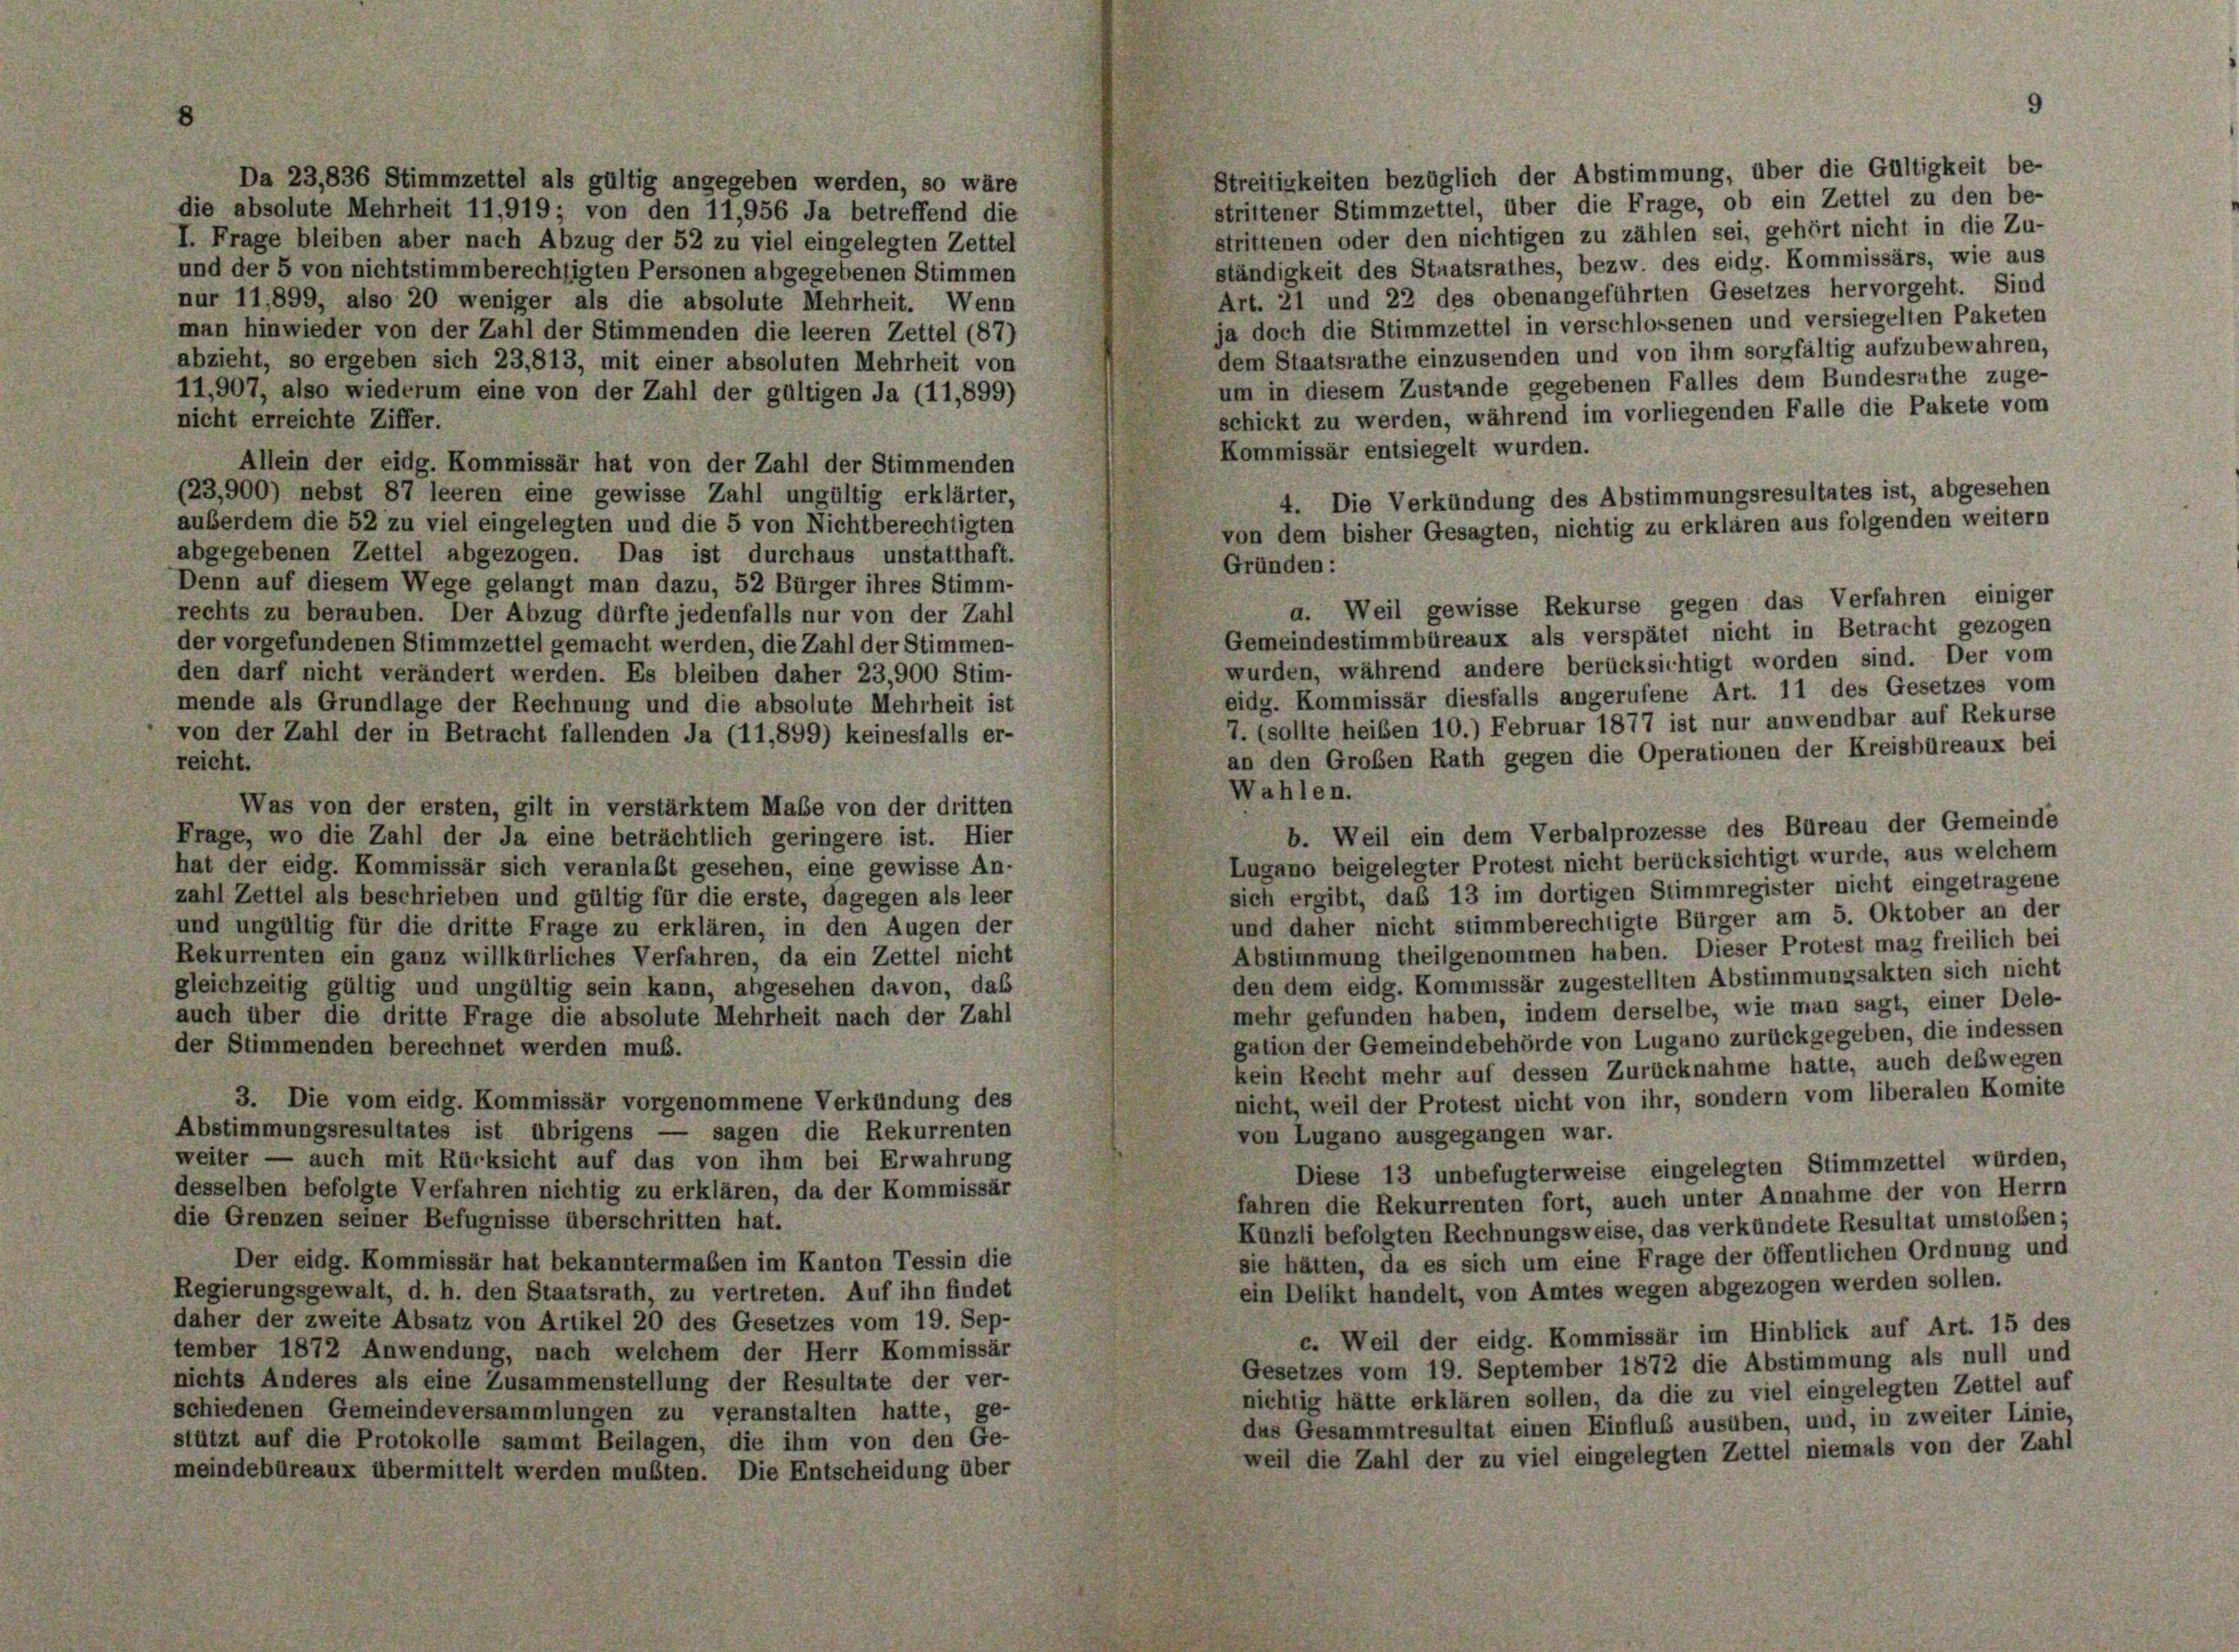
Streitigkeiten bezüglich der Abstimmung, über die Gültigkeit be-
Da 23,836 Stimmzettel als gültig angegeben werden, so wäre
strittener Stimmzettel, über die Frage, ob ein Zettel zu den be-
die absolute Mehrheit 11,919; von den 11,956 Ja betreffend die
strittenen oder den nichtigen zu zählen sei, gehört nicht in die Zu-
I. Frage bleiben aber nach Abzug der 52 zu viel eingelegten Zettel
ständigkeit des Staatsrathes, bezw. des eidg. Kommissärs, wie aus
und der 5 von nichtstimmberechtigten Personen abgegebenen Stimmen
Art. 21 und 22 des obenangeführten Gesetzes hervorgeht. Sind
nur 11,899, also 20 weniger als die absolute Mehrheit. Wenn
ja doch die Stimmzettel in verschlossenen und versiegelten Paketen
man hinwieder von der Zahl der Stimmenden die leeren Zettel (87)
dem Staatsrathe einzusenden und von ihm sorgfältig aufzubewahren,
abzieht, so ergeben sich 23,813, mit einer absoluten Mehrheit von
um in diesem Zustande gegebenen Falles dem Bundesrathe zuge-
11,907, also wiederum eine von der Zahl der gültigen Ja (11,899)
schickt zu werden, während im vorliegenden Falle die Pakete vom
nicht erreichte Ziffer.
Kommissär entsiegelt wurden.
Allein der eidg. Kommissär hat von der Zahl der Stimmenden
(23,900) nebst 87 leeren eine gewisse Zahl ungültig erklärter,
4. Die Verkündung des Abstimmungsresultates ist, abgesehen
auberdem die 52 zu viel eingelegten und die 5 von Nichtberechtigten
von dem bisher Gesagten, nichtig zu erklären aus folgenden weitern
abgegebenen Zettel abgezogen. Das ist durchaus unstatthaft.
Gründen:
Denn auf diesem Wege gelangt man dazu, 52 Bürger ihres Stimm-
a. Weil gewisse Rekurse gegen das Verfahren einiger
rechts zu berauben. Der Abzug dürfte jedenfalls nur von der Zahl
Gemeindestimmbüreaux als verspätet nicht in Betracht gezogen
der vorgefundenen Stimmzettel gemacht werden, die Zahl der Stimmen-
wurden, während andere berücksichtigt worden sind. Der vom
den darf nicht verändert werden. Es bleiben daher 23,900 Stim-
eidg. Kommissär diesfalls angerufene Art. 11 des Gesetzes vom
mende als Grundlage der Rechnung und die absolute Mehrheit ist
7. (sollte heiben 10.) Februar 1877 ist nur anwendbar auf Rekurse
von der Zahl der in Betracht fallenden Ja (11,899) keinesfalls er-
an den Großen Rath gegen die Operationen der Kreisbüreaux bei
reicht.
Wahlen.
Was von der ersten, gilt in verstärktem Maße von der dritten
b. Weil ein dem Verbalprozesse des Büreau der Gemeinde
Frage, wo die Zahl der Ja eine beträchtlich geringere ist. Hier
Lugano beigelegter Protest nicht berücksichtigt wurde, aus welchem
hat der eidg. Kommissär sich veranlaßt gesehen, eine gewisse An-
sich ergibt, das 13 im dortigen Stimmregister nicht eingetragene
zahl Zettel als beschrieben und gültig für die erste, dagegen als leer
und daher nicht stimmberechtigte Bürger am 5. Oktober an der
und ungültig für die dritte Frage zu erklären, in den Augen der
Abstimmung theilgenommen haben. Dieser Protest mag freilich bei
Rekurrenten ein ganz willkürliches Verfahren, da ein Zettel nicht
den dem eidg. Kommissär zugestellten Abstimmungsakten sich nicht
gleichzeitig gültig und ungültig sein kann, abgesehen davon, das
mehr gefunden haben, indem derselbe, wie man sagt, einer Dele-
auch über die dritte Frage die absolute Mehrheit nach der Zahl
gation der Gemeindebehörde von Lugano zurückgegeben, die indessen
der Stimmenden berechnet werden muß.
kein Recht mehr auf dessen Zurücknahme hatte, auch deswegen
nicht, weil der Protest nicht von ihr, sondern vom liberalen Komite
3. Die vom eidg. Kommissär vorgenommene Verkündung des
Abstimmungsresultates ist übrigens — sagen die Rekurrenten
von Lugano ausgegangen war.
weiter — auch mit Rücksicht auf das von ihm bei Erwahrung
Diese 13 unbefugterweise eingelegten Stimmzettel wurden,
desselben befolgte Verfahren nichtig zu erklären, da der Kommissär
fahren die Rekurrenten fort, auch unter Annahme der von Herrn
die Grenzen seiner Befugnisse überschritten hat.
Künzli befolgten Rechnungsweise, das verkündete Resultat umstossen;
sie hätten, da es sich um eine Frage der öffentlichen Ordnung und
Der eidg. Kommissär hat bekanntermaßen im Kanton Tessin die
ein Delikt handelt, von Amtes wegen abgezogen werden sollen.
Regierungsgewalt, d. h. den Staatsrath, zu vertreten. Auf ihn findet
daher der zweite Absatz von Artikel 20 des Gesetzes vom 19. Sep-
c. Weil der eidg. Kommissär im Hinblick auf Art. 15 des
tember 1872 Anwendung, nach welchem der Herr Kommissär
Gesetzes vom 19. September 1872 die Abstimmung als null und
nichts Anderes als eine Zusammenstellung der Resultate der ver-
nichtig hätte erklären sollen, da die zu viel eingelegten Zettel auf
schiedenen Gemeindeversammlungen zu veranstalten hatte, ge-
das Gesammtresultat einen Einfluß ausüben, und, in zweiter Linie,
stützt auf die Protokolle sammt Beilagen, die ihm von den Ge-
weil die Zahl der zu viel eingelegten Zettel niemals von der Zahl
meindebüreaux übermittelt werden mußten. Die Entscheidung über

9